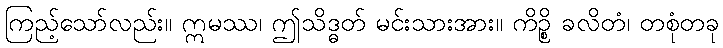
ကြည့်သော်လည်း။ ဣမဿ၊ ဤသိဒ္ဓတ် မင်းသားအား။ ကိဉ္စိ ခလိတံ၊ တစုံတခု